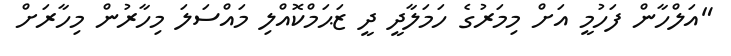
"އަލްހާން ފަހުމީ އަށް މިމަރުގެ ހަމަލާދީ ދީ ޒަޙަމްކޮއްލި މައްސަލަ މިހާރުން މިހާރަށް